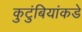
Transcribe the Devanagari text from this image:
कुटुंबियांकडे